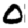
Digit: 0